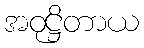
အဝုဋ္ဌိတာယ